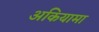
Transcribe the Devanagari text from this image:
अकियामा